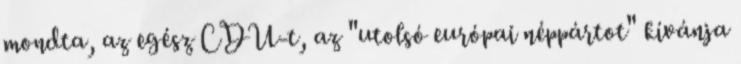
mondta, az egész CDU-t, az "utolsó európai néppártot" kívánja